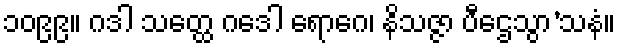
၁၀၉၉။ ဂဒါ သတ္ထေ ဂဒေါ ရောဂေ၊ နိသဇ္ဇာ ပီဌေသွာ’သနံ။